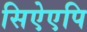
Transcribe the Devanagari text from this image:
सिऐएपि